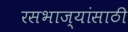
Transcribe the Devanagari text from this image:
रसभाज्यांसाठी